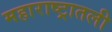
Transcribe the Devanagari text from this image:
महाराष्ट्रातली